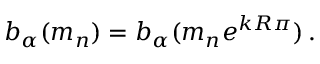
b _ { \alpha } ( m _ { n } ) = b _ { \alpha } ( m _ { n } e ^ { k R \pi } ) \, .